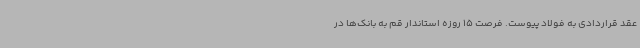
عقد قراردادی به فولاد پیوست. فرصت 15 روزه استاندار قم به بانک‌ها در